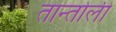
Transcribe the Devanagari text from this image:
तान्तोली